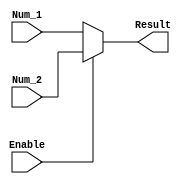
module mux_fp
(
    input  [31:0]   Num_1, Num_2,
    input           Enable,
    output [31:0]   Result
);

assign Result = (Enable)? Num_2 : Num_1;
    
endmodule //mux_fp